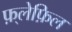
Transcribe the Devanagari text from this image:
फ़्लेफ़िल